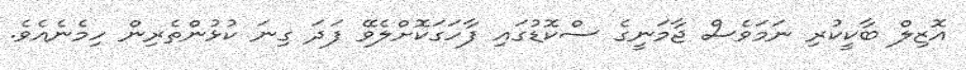
އޮޒިލް ބާކީކުރި ނަމަވެސް ޖާމަނީގެ ސްކޮޑުގައި ފާހަގަކޮށްލެވޭ ފަދަ ގިނަ ކުޅުންތެރިން ހިމެނެއެވެ.